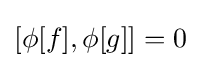
[\phi [f],\phi [g]]=0